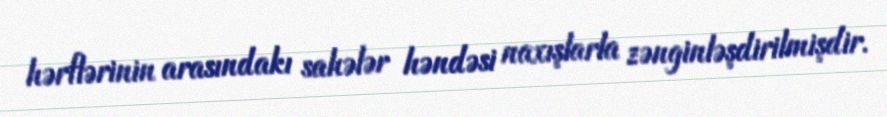
hərflərinin arasındakı sahələr həndəsi naxışlarla zənginləşdirilmişdir.